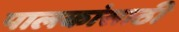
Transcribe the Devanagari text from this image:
पालकांसाठी